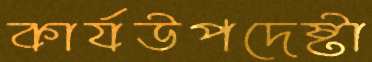
কার্যউপদেষ্টা